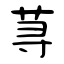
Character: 荨